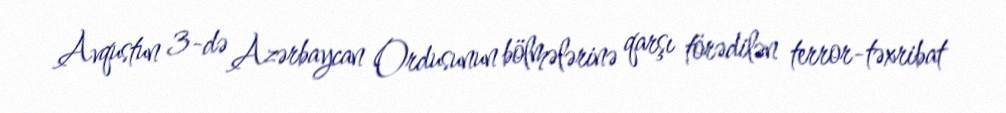
Avqustun 3-də Azərbaycan Ordusunun bölmələrinə qarşı törədilən terror-təxribat